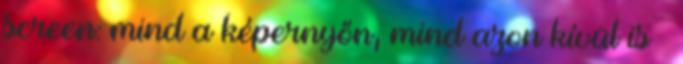
screen: mind a képernyőn, mind azon kívül is →